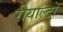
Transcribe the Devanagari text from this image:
रीयाल्टो